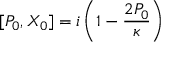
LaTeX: [ P _ { 0 } , X _ { 0 } ] = i \left( 1 - \frac { 2 P _ { 0 } } \kappa \right)